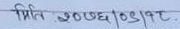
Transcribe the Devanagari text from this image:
मिति २०७६/०९/१८.